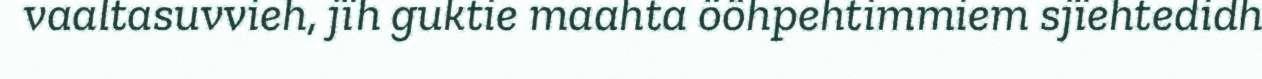
vaaltasuvvieh, jïh guktie maahta ööhpehtimmiem sjïehtedidh